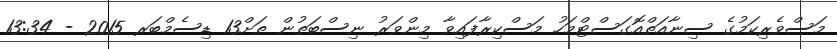
މަސްވެރިކަމުގެ ސިނާއަތްއޮގަސްޓްމަހު މަސްކިރާފައިވާ މިންވަރު ނިސްބަތުން ތަށް13 ޑިސެމްބަރ 2015 - 13:34